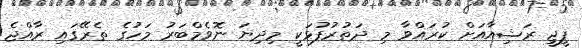
ޕީޖީ ރަޝިއާއަށް ކުރައްވާ މި ދަތުރުފުޅަކީ މިދިޔަ ނޮވެމްބަރު މަހުގެ ތެރޭގައި ރާއްޖެ